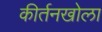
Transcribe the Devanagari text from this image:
कीर्तनखोला